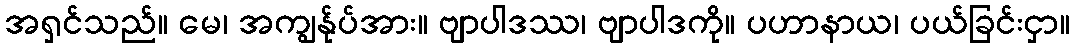
အရှင်သည်။ မေ၊ အကျွန်ုပ်အား။ ဗျာပါဒဿ၊ ဗျာပါဒကို။ ပဟာနာယ၊ ပယ်ခြင်းငှာ။